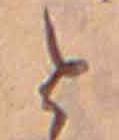
と